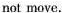
not move.